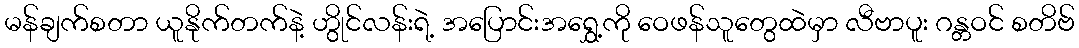
မန်ချက်စတာ ယူနိုက်တက်နဲ့ ဟွိုင်လန်းရဲ့ အပြောင်းအရွှေ့ကို ဝေဖန်သူတွေထဲမှာ လီဗာပူး ဂန္တဝင် စတိဗ်